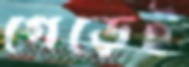
গেড়েই